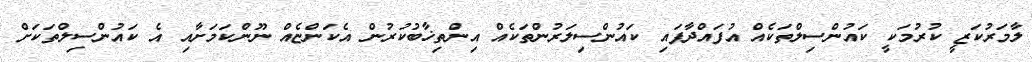
ލާމަރުކަޒީ ކުރުމަކީ ކައުންސިލްތަކެއް އުފައްދާފައި ކައުންސިލަރުންތަކެއް އިންތިޚާބުކުރުން އެކަންޏެއް ނޫންކަމަށާއި އެ ކައުންސިލްތަކަށް